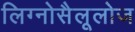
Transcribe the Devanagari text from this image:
लिग्नोसैलूलोज